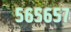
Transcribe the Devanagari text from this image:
५६५६५७